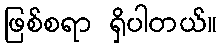
ဖြစ်စရာ ရှိပါတယ်။